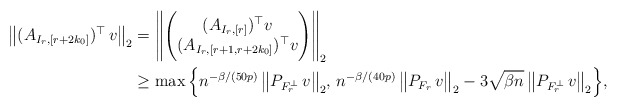
\begin{align*} \big\| (A_{I_r,[r+2k_0]})^\top \,v\big\|_2 &= \Bigg\| \Bigg( \begin{matrix} (A_{I_r,[r]})^\top v \\ (A_{I_r,[r+1,r+2k_0]})^\top v \end{matrix} \Bigg) \Bigg\|_2\\&\ge \max \Big\{ n^{-\beta/(50p)}\,\big\|P_{F_r^\perp}\,v\big\|_2 ,\, n^{-\beta/(40p)} \,\big\|P_{F_r}\,v\big\|_2 - 3\sqrt{\beta n} \,\big\|P_{F_r^\perp}\,v\big\|_2\Big\},\end{align*}